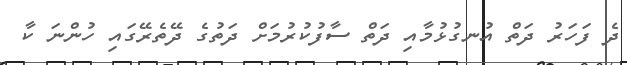
ދެ ފަހަރު ދަތް އުނގުޅުމާއި ދަތް ސާފުކުރުމަށް ދަތުގެ ދޭތެރޭގައި ހުންނަ ކާ